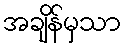
အချိန်မှသာ